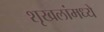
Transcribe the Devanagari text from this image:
शृखलांमध्ये